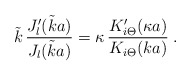
\begin{align*}\tilde k \,\frac{J_l'(\tilde k a)}{J_l(\tilde k a)}= \kappa \,\frac{K_{i\Theta}'(\kappa a)}{K_{i \Theta} (k a)}\; .\end{align*}